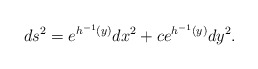
\begin{align*}ds^2=e^{h^{-1}(y)}dx^2+ce^{h^{-1}(y)}dy^2.\end{align*}